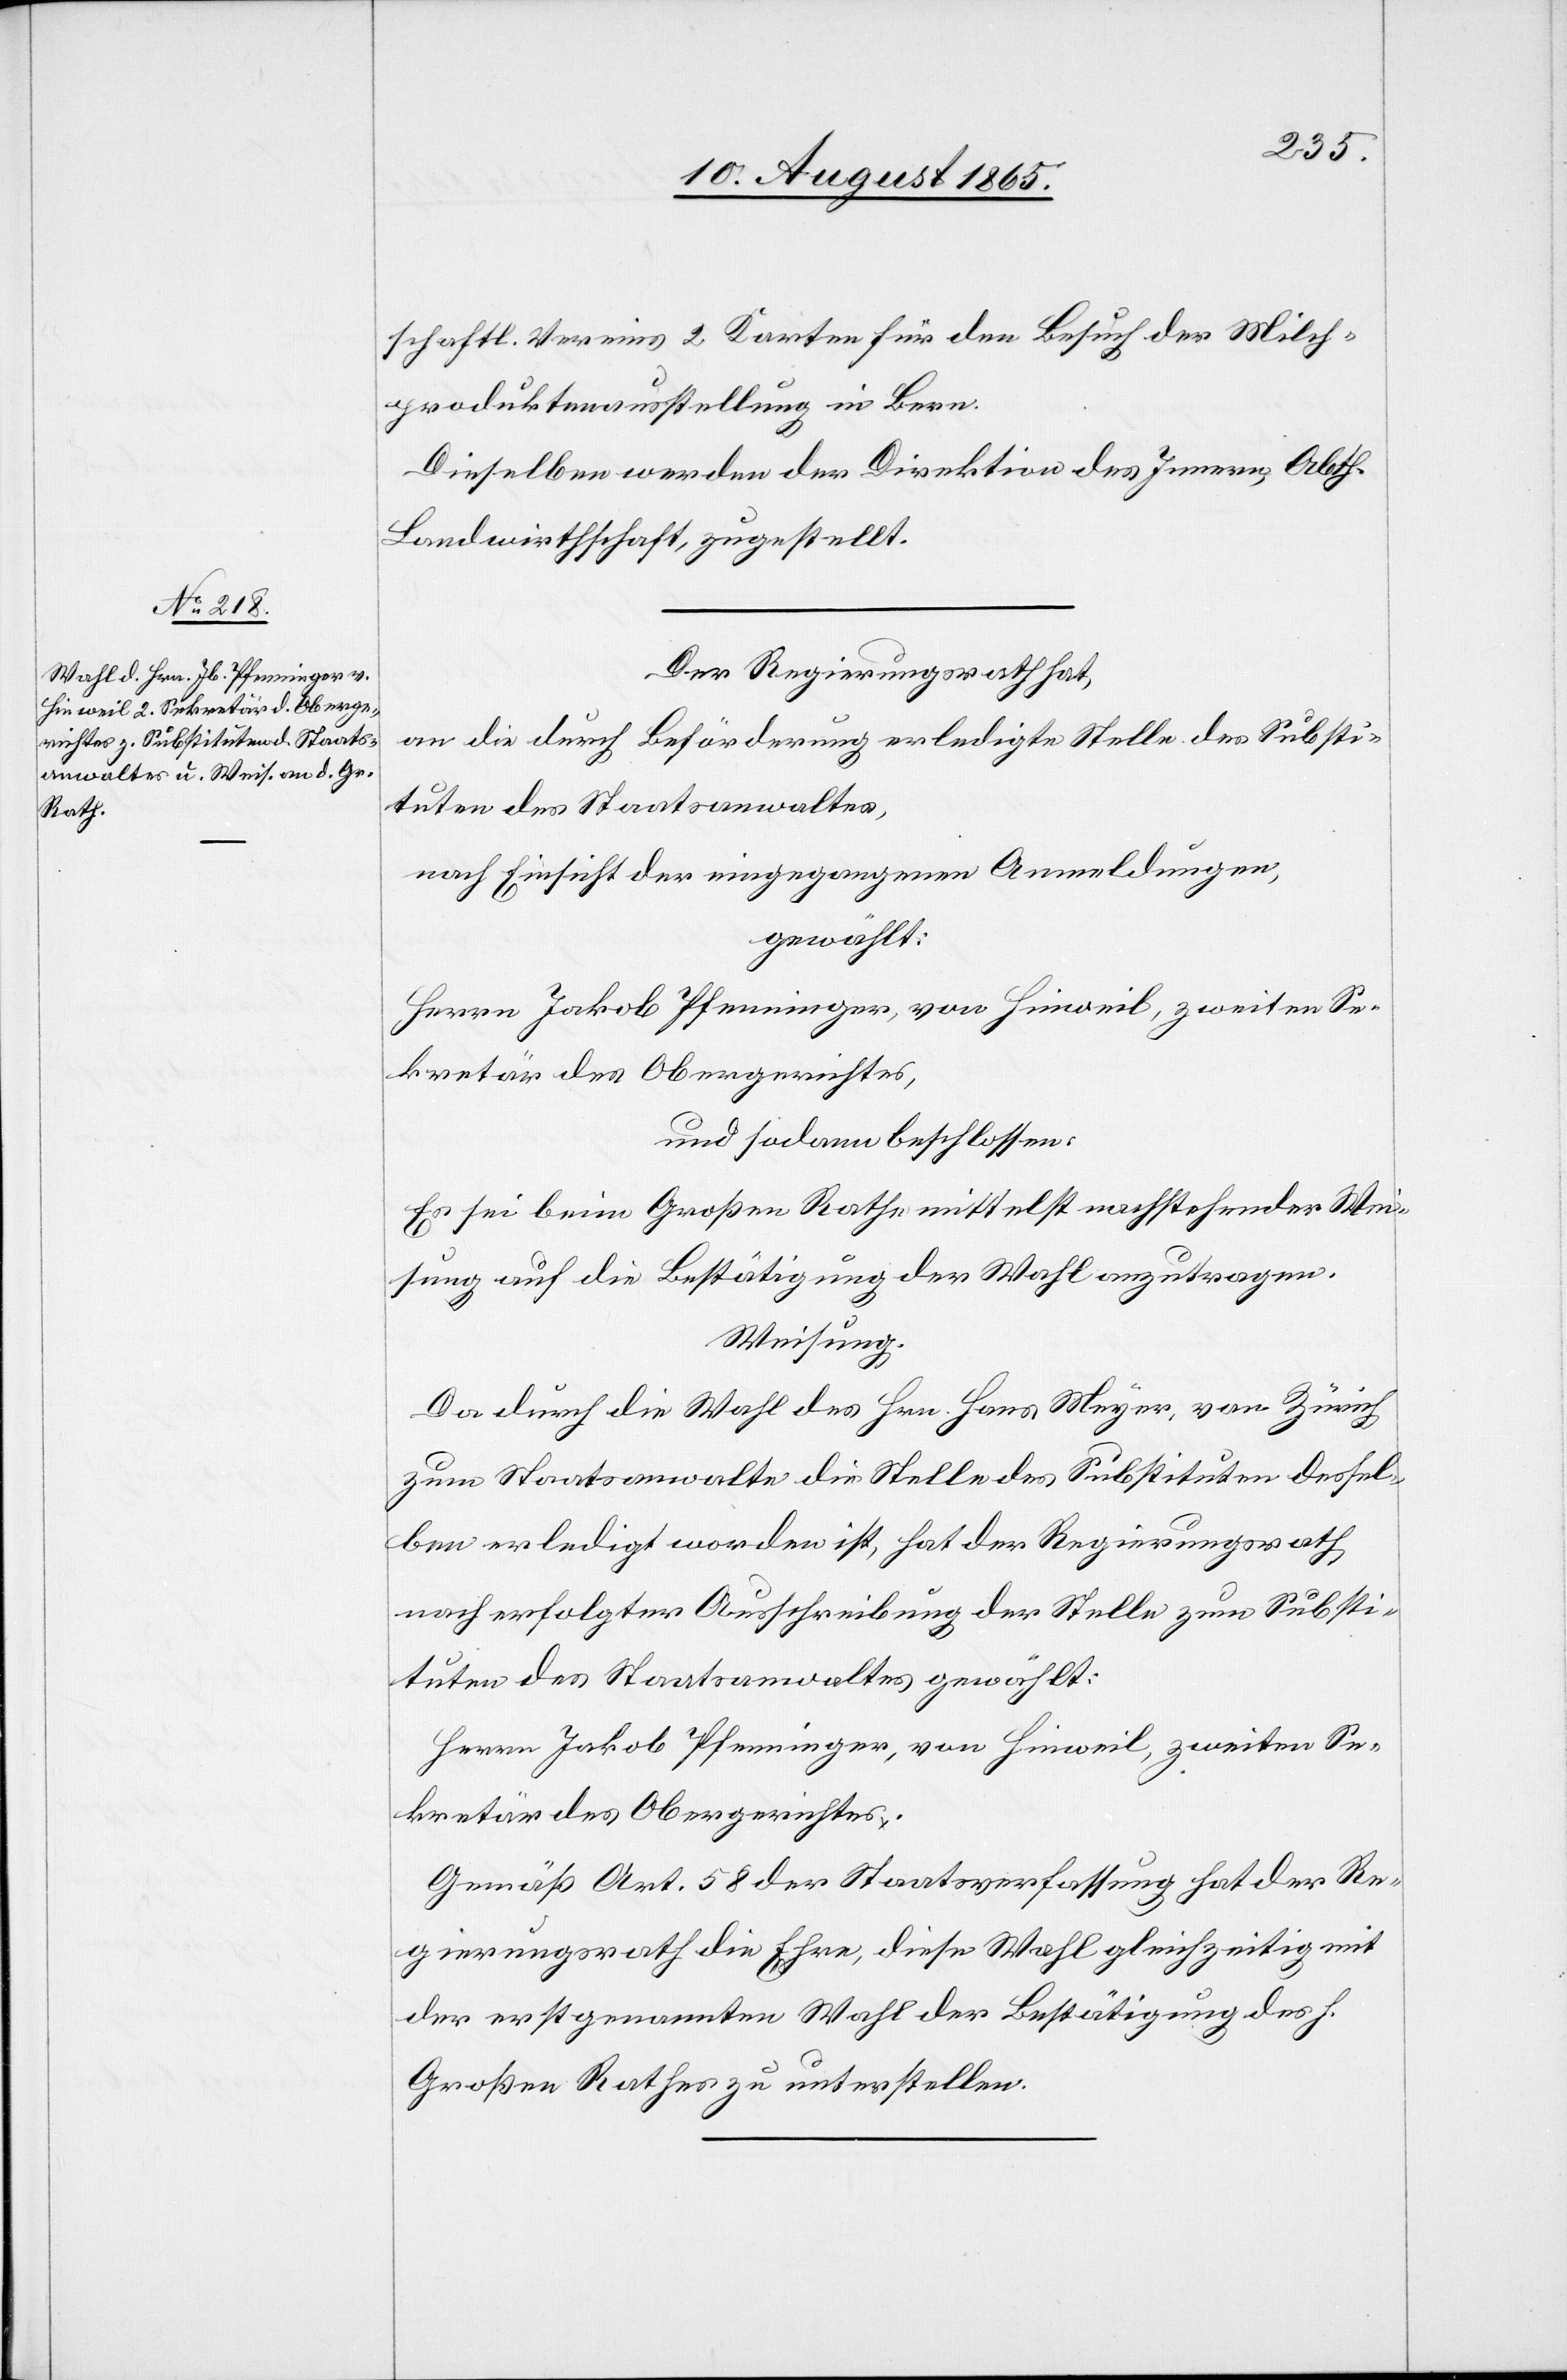
schaftl. Vereins 2 Karten für den Besuch der Milch¬
produktenausstellung in Bern.
Dieselben werden der Direktion des Innern, Abth.
Landwirthschaft zugestellt.
Der Regierungsrath hat,
an die durch Beförderung erledigte Stelle des Substi¬
tuten des Staatsanwaltes,
nach Einsicht der eingezogenen Anmeldungen,
gewählt:
Herrn Jakob Pfenninger, von Hinweil, zweiten Se¬
kretär des Obergerichtes,
und sodann beschlossen:
Es sei beim Großen Rathe mittelst nachstehender Wei¬
sung auf die Bestätigung der Wahl anzutragen.
Weisung.
Da durch die Wahl des Hrn. Hans Meyer, von Zürich,
zum Staatsanwalte die Stelle des Substituten dessel¬
ben erledigt worden ist, hat der Regierungsrath
nach erfolgter Ausschreibung der Stelle zum Substi¬
tuten des Staatsanwaltes gewählt:
Herrn Jakob Pfenninger, von Hinweil, zweiten Se¬
kretär des Obergerichtes.
Gemäß Art. 58 der Staatsverfassung hat der Re¬
gierungsrath die Ehre, diese Wahl gleichzeitig mit
der erstgenannten Wahl der Bestätigung des h.
Großen Rathes zu unterstellen.